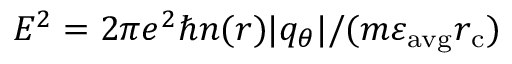
E ^ { 2 } = 2 \pi e ^ { 2 } \hbar n ( r ) | q _ { \theta } | / ( m \varepsilon _ { \mathrm { a v g } } r _ { \mathrm { c } } )